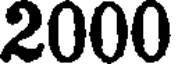
2000